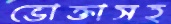
ভোক্তাসহ